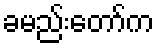
ခမည်းတော်က